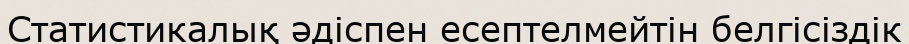
Статистикалық әдіспен есептелмейтін белгісіздік